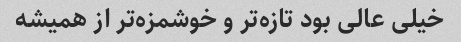
خیلی عالی بود تازه‌تر و خوشمزه‌تر از همیشه